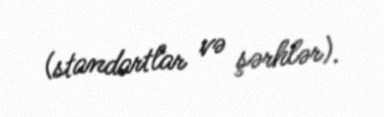
(standartlar və şərhlər).